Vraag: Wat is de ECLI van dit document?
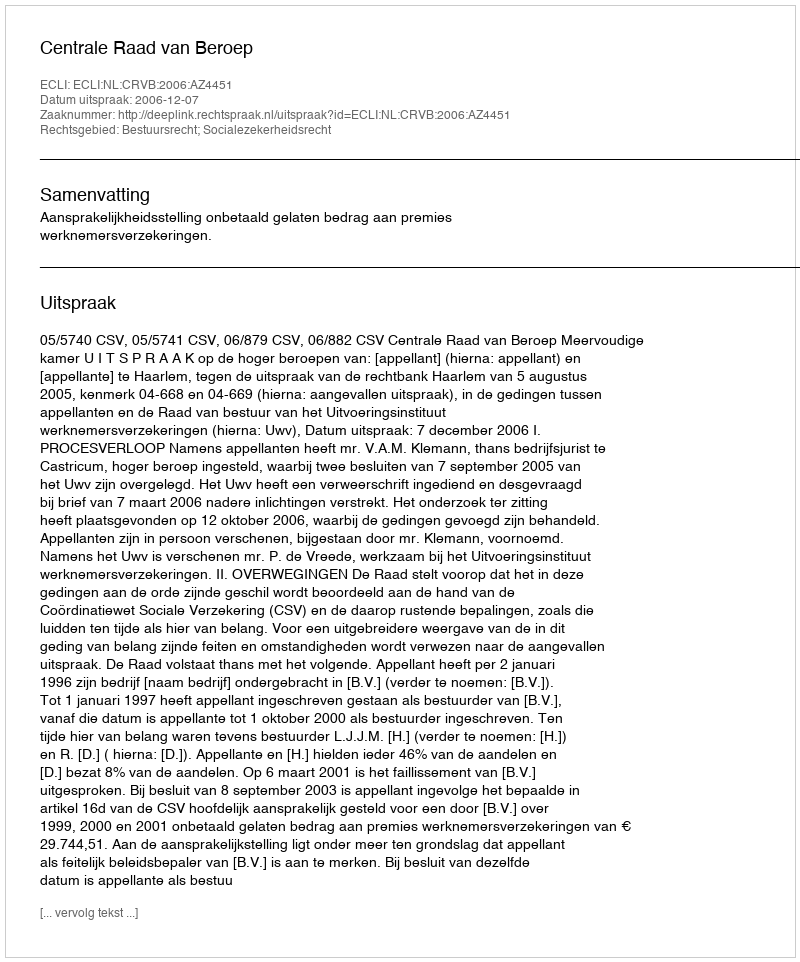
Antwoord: ECLI:NL:CRVB:2006:AZ4451